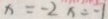
x = - 2 x = - 1